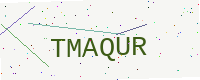
Text: TMAQUR